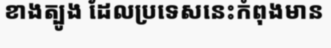
ខាងត្បូង ដែលប្រទេសនេះកំពុងមាន